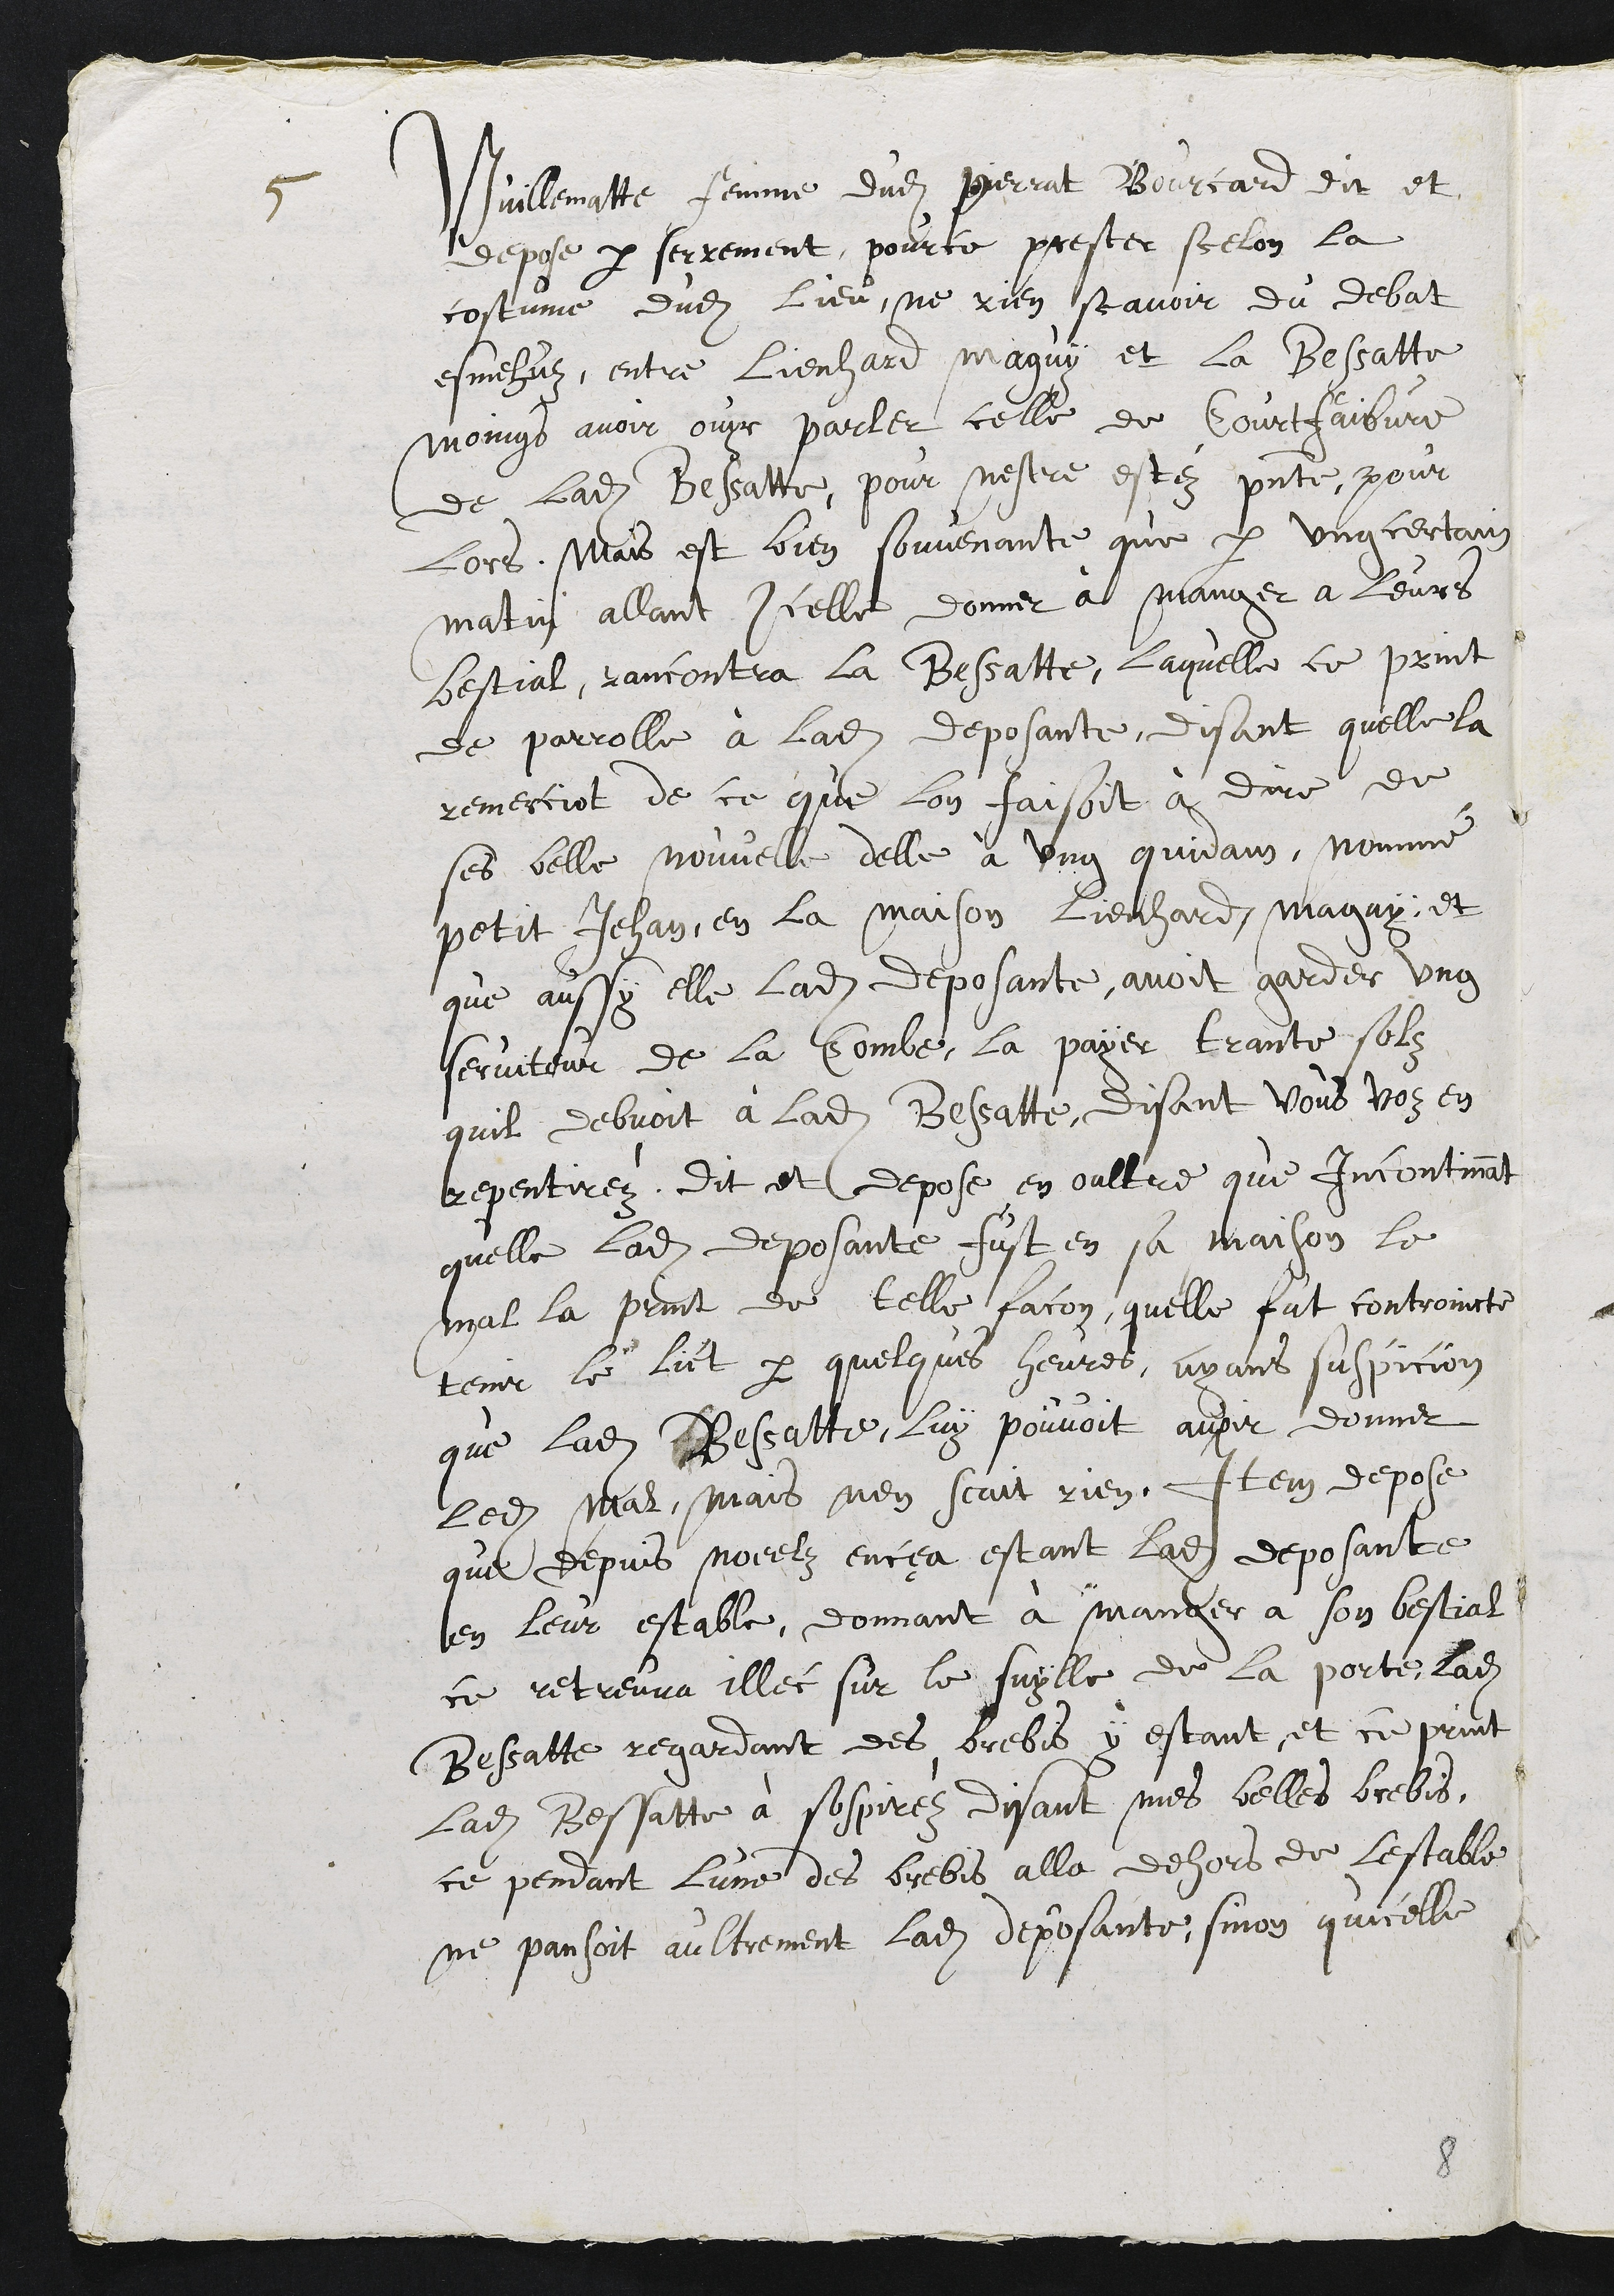
5. Vuillematte, femme dudit Pierrat Bourcard, dit et
dépose par serment, pour ce prêté selon la
coutume dudit lieu, ne rien savoir du débat
esmus entre Lienhard Maigui et la Bessatte,
moins avoir ouï parler de celle de Courtfaibvre,
de ladite Bessa-tte, pour n'avoir été présente pour
lors. Mais est bien souvenante que par un certain
matin, allant icelle donner à manger à leurs
bestiaux, rencontra la Bessatte, laquelle se prit
de parole à ladite déposante, disant qu'elle la
remerciait de ce que l'on faisait à Dieu de
ces belles nouvelles d'elle à un quidam, naminé
Petit Jean, en la maison Lienhard Maigui, et
qu'aussi elle ladite déposante avait gardé un
serviteur de la Combe, lui a payé trente sois
qu'il devait à ladite Beasate, disant s "Vous vous en
repentirez". Dit et dépose en outre qu'incontinent
qu'elle, ladite déposante, fut en sa maison, le
mal la prit de telle façon qu'elle fut contrainte
de tenir le lit par quelques heures, ayant suspicion
que ladite Bessatte lui pouvait avoir donné
ledit mal, mais n'en sait rien. Item dépose
que depuis Noël ença, étant ladite déposante
en leur étable donnant à manger à son bétail,
se retrouva illec sur le seuil de la porte ladite
Bessatte regardant des brebis y étant, et se prit
ladite Bessatte à soupirer, disant : "Mes belles brebis",
Ce pendant, l'une des brebis alla dehors de l'stable,
ne pensait autrement ladite déposante sinon qu'icelle